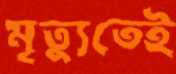
মৃত্যুতেই